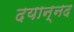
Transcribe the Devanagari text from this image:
दयान्नद